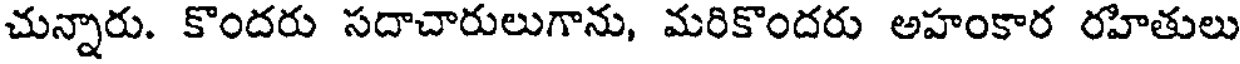
చున్నారు. కొందరు సదాచారులుగాను, మరికొందరు అహంకార రహితులు